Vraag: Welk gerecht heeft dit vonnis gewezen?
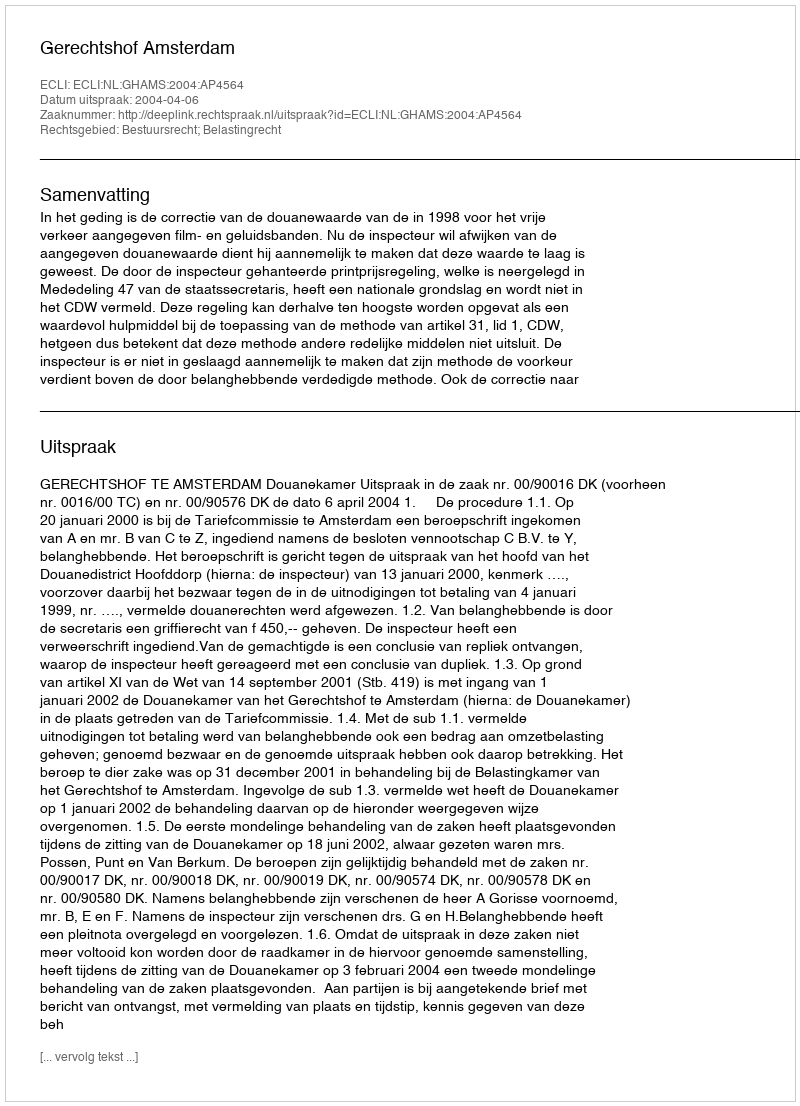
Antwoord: Gerechtshof Amsterdam